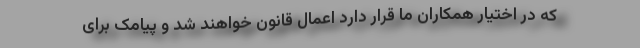
که در اختیار همکاران ما قرار دارد اعمال قانون خواهند شد و پیامک برای